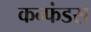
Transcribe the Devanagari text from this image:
कन्फंडस